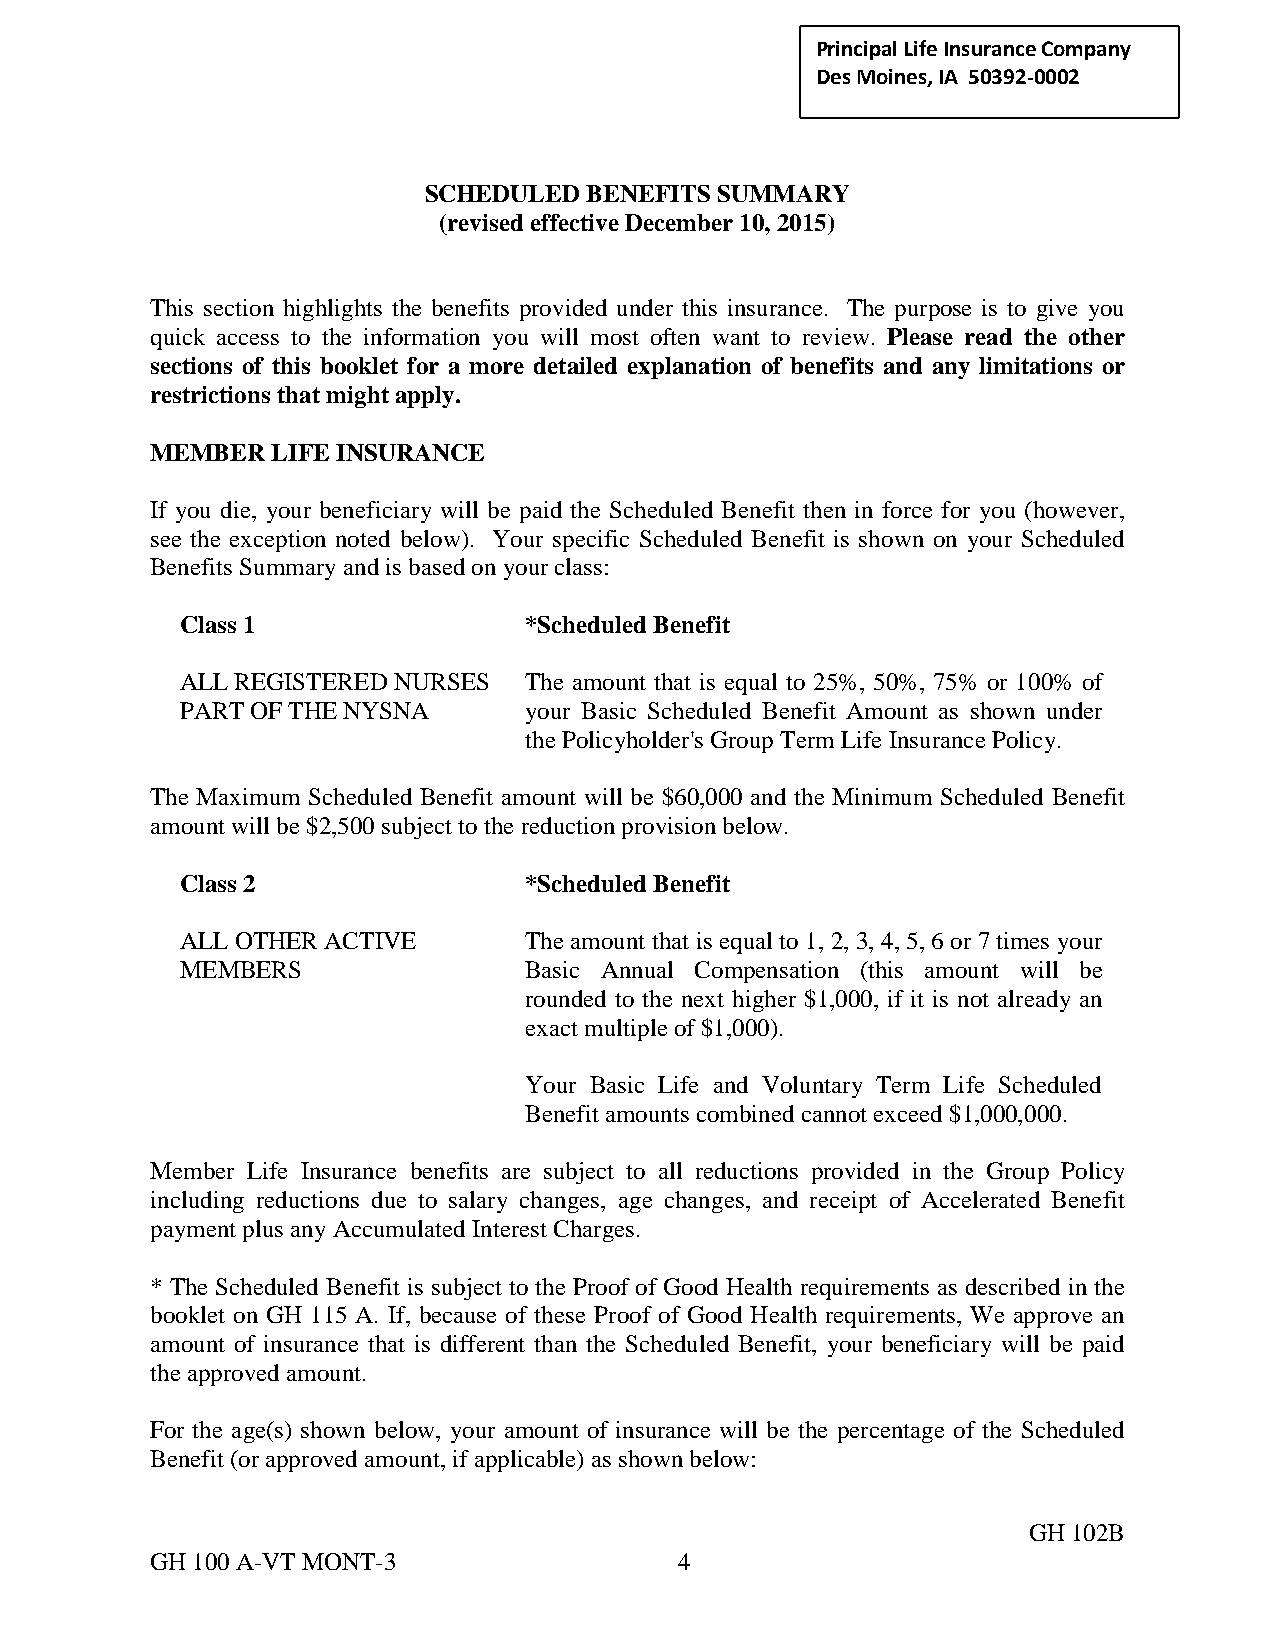
Principal Life Insurance C ompany
 Des Moines, IA 50392-0002
 SCHEDULED  BENEFITS SUMMARY
 (revised effective December 10, 2015)
 This section highlights the benefits provided under this insurance. The purpose is to give you
 quick access to the information you will most often want to review. Please read the other
 sections of this booklet for a more detailed explanation of benefits and any limitations or
 restrictions that might apply.
 MEMBER  LIFE INSURANCE
 If you die, your beneficiary will be paid the Scheduled Benefit then in force for you (however,
 see the exception noted below). Your specific Scheduled Benefit is shown on your Scheduled
 Benefits Summary and is based on your class:
 Class 1                *Scheduled Benefit
 ALL REGISTERED NURSES  The amount that is equal to 25%, 50%, 75% or 100% of
 PART OF THE NYSNA      your Basic Scheduled Benefit Amount as shown under
 the Policyholder's Group Term Life Insurance Policy.
 The Maximum Scheduled Benefit amount will be $60,000 and the Minimum Scheduled Benefit
 amount will be $2,500 subject to the reduction provision below.
 Class 2                *Scheduled Benefit
 ALL OTHER ACTIVE       The amount that is equal to 1, 2, 3, 4, 5, 6 or 7 times your
 MEMBERS                Basic Annual Compensation (this amount will be
 rounded to the next higher $1,000, if it is not already an
 exact multiple of $1,000).
 Your Basic Life and Voluntary Term Life Scheduled
 Benefit amounts combined cannot exceed $1,000,000.
 Member Life Insurance benefits are subject to all reductions provided in the Group Policy
 including reductions due to salary changes, age changes, and receipt of Accelerated Benefit
 payment plus any Accumulated Interest Charges.
 * The Scheduled Benefit is subject to the Proof of Good Health requirements as described in the
 booklet on GH 115 A. If, because of these Proof of Good Health requirements, We approve an
 amount of insurance that is different than the Scheduled Benefit, your beneficiary will be paid
 the approved amount.
 For the age(s) shown below, your amount of insurance will be the percentage of the Scheduled
 Benefit (or approved amount, if applicable) as shown below:
 GH 102B
 GH 100 A-VT MONT-3                 4